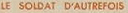
LE SOLDAT DAUTREFOIS